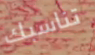
تناسبك